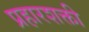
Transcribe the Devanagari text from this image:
प्रहारशक्ती